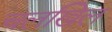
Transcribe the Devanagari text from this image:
चलखिल